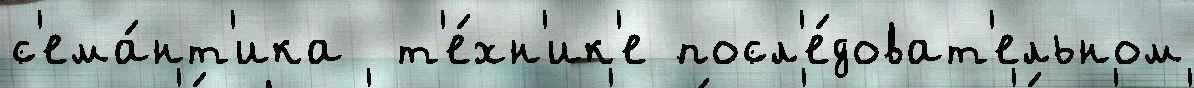
с'ема́нт'ика  т'е́хн'ик'е посл'е́доват'ельном